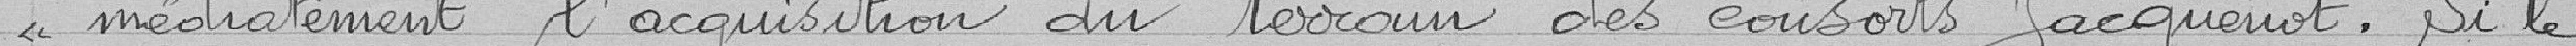
" médiatement l'acquisition du terrain des consorts Jacquenot. Si le